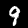
Digit: 9